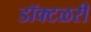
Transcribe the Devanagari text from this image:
डॉक्टळरी